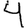
Digit: 4